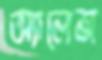
অ্যালেন্স